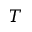
T